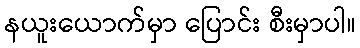
နယူးယောက်မှာ ပြောင်း စီးမှာပါ။